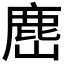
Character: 𭗎